King Institute of Preventive Medicine Bacteriolog. Section reports 1907-08
Year: 1907
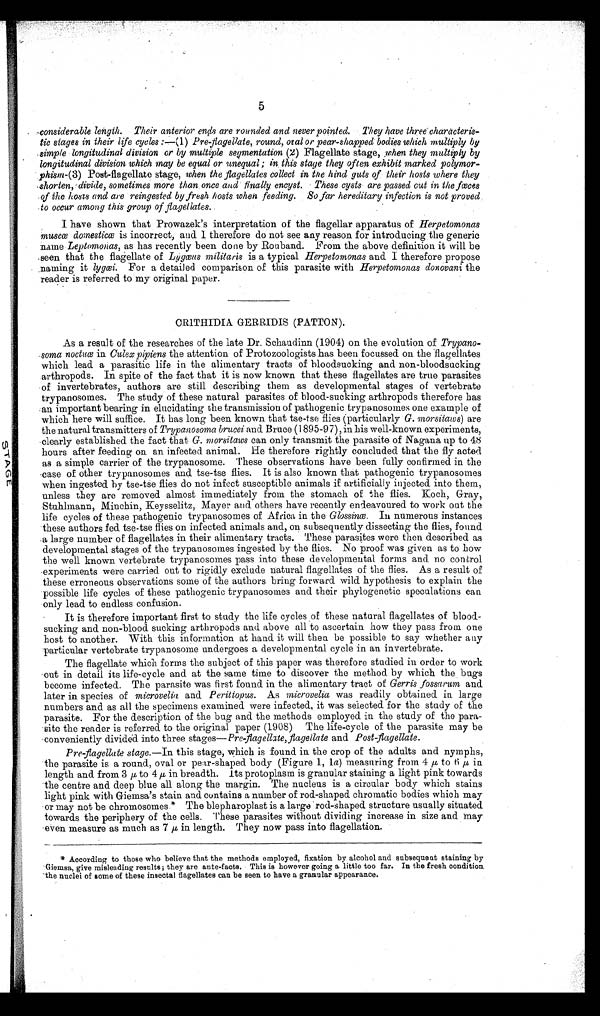
5
. •considerable length. Their anterior ends are rounded and never pointed. They have
t h r e e e c h h a r a c t e r i s t i c s t a g e s i n t h e i r l i f e c y c l e s : — ( 1 ) P r e f l a g e l l a t e , r o u n d , o r a l o r p e a r - s h a p p e d b o d i e s w h i c h m u l t i p l y b y
simple longitudinal division or by multiple segmentation (2) Flagellate stage, when they multiply by
longitudinal division which may be equal or unequal; in . this stage they often exhibit marked polymor-
phism-(3) Post-flagellate stage, when the flagellates collect in the hind guts of their hosts where they
shorten, D ivide, sometimes more than once and finally encyst. These cysts are passed cut in the foes
of the ham and are reingested by fresh hosts when feeding. So far hereditary infection is not proved
to occur among this group of flagellates..
I have shown that Prowazek's interpretation of the flagellar apparatus of Herpetomonas
musc domesticwω is incorrect, and. I therefore do not see any reason for introducing the generic
name Leptomonas, as has recently been done by Rouband. From the above definition it will be
seen that the flagellate of Lygωus militaris is a typical Herpetomonas and I therefore propose
• .naming it lygωi. For a detailed comparison of this parasite with Herpetomonas donovani the
reader is referred. to my original paper.
•
C. R1 T HI DI A GE RRI DI S ( P AT T ON) .
As a result of the researches of the late Dr. Schaudinn (1904) on the evolution of Trypano-
•soma noctu ω in Culex pipiens the attention of Protozoologists has been focussed on the 'flagellates
which lead a parasitic life in the alimentary tracts of bloodsucking and non-bloodsucking
arthropods. In spite of the fact that it is now known that these flagellates are true parasites
•of invertebrates, authors are still describing them as developmental stages of vertebrate
trypanosomes. The study of these natural parasites of blood-sucking arthropods therefore has
an important bearing in elucidating the transmission of pathogenic trypanosomes one example of
which here will suffice. It has long been known that tse-tse flies (particularly G. morsitaws) are
the natural transmitters of Trypanosoma brucei and Bruce (1895-97), in his well-known experiments,
'clearly established the fact that G. morsitaws can only transmit the parasite of Nagana up to 48
hours after feeding on an infected animal. He therefore rightly concluded that the fly acted
as a simple carrier of the trypanosome. These observations have been fully confirmed in the
cease of other trypanosomes and tse-tse flies. It is also known that pathogenic trypanosomes
when ingested by tse-tSe flies do not infect susceptible animals if artificially injected into them,
unless they are removed almost immediately from the stomach of the flies. Koch, Gray,
Stuhlmann, Minchin, Keysselitz, Mayer and others have recently endeavoured to work out the
life cycles of these pathogenic trypanosomes of Africa in the Glossinω. In numerous instances
these authors fed tse-tse flies on infected animals and, on subsequently dissecting the flies, found
a large number of flagellates in their alimentary tracts. These parasites were then described as
developmental stages of the trypanosomes ingested by the flies. No proof was given as to how
the well known vertebrate trypanosomes pass into these developmental forms and no control
experiments were carried out to rigidly exclude natural flagellates of the flies. As a result of
these erroneous observations some of the authors bring forward wild hypothesis to explain the
possible life cycles of these pathogenic trypanosomes and their phylogenetic speculations can
only lead to endless confusion.
It is therefore important first to study the life cycles of these natural flagellates of blood-
sucking and non-blood sucking arthropods and above all to ascertain how they pass from one
host to another. With this information at hand it will then be possible to say whether any
particular vertebrate trypanosome undergoes a developmental cycle in an invertebrate.
The flagellate which forms the subject of this paper was therefore studied in order to work
out in detail its life - cycle and at the same tune to discover the method. by which the bugs
become infected. The parasite was first found in the alimentary tract of Gerris fossarum and
later in species of microvelia and Perittopus. As microvelia was readily obtained in large
numbers and as all the specimens examined were infected., it was selected for the study of the
parasite. For the description of the bug and the methods employed in the study of the para-
site the reader is referred to the original paper (1908) The life-cycle of the parasite may be
'conveniently divided into three stages— Preflagellate, flagellate and. Post-flagellate.
Pre flagellate stage.—In this stage, which is found in the crop of the adults and nymphs,
the parasite is a round, oval or pear-shaped body (Figure 1, la) measuring from 4 to 6 μ in
length and from 3 μ to 4 μ , in breadth. Its protoplasm is granular staining a light pink towards
the centre and deep blue all along the margin. The nucleus is a circular body which stains
light pink with Giemsa's stain and contains a number of rod-shaped. chromatic bodies which may
or may not be chromosomes.* The blepharoplast is a large 'rod-shaped structure usually situated.
towards the periphery of the cells. These parasites without dividing increase in size and may
•even measure as much as 7 μ in length. They now pass into flagellation.
According to those who believe that the methods employed, fixation by alcohol and subsequent staining by
Giemsa, give misleading results ; they are ante-facts. This is however going a little too far. In the fresh condition.
'the nuclei of some of these insectal flagellates can be seen to have a granular appearance.